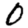
Digit: 0